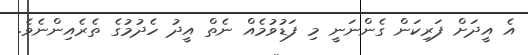
އެ އީދަށް ފަރިކަން ގެންނަނީ މި ފަޑުވުމެއް ނެތް އީދު ހެދުމުގެ ތެރެއިންނެވެ.